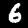
Digit: 6